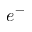
e ^ { - }